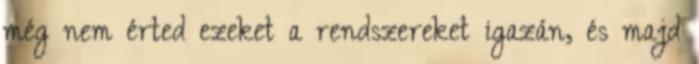
még nem érted ezeket a rendszereket igazán, és majd